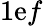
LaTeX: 1\mathrm{e}f